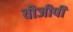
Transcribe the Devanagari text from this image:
वीजीपी